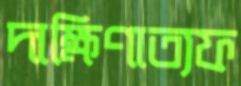
দাক্ষিণাত্যফ